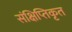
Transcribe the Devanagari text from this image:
संक्षिप्तिकृत